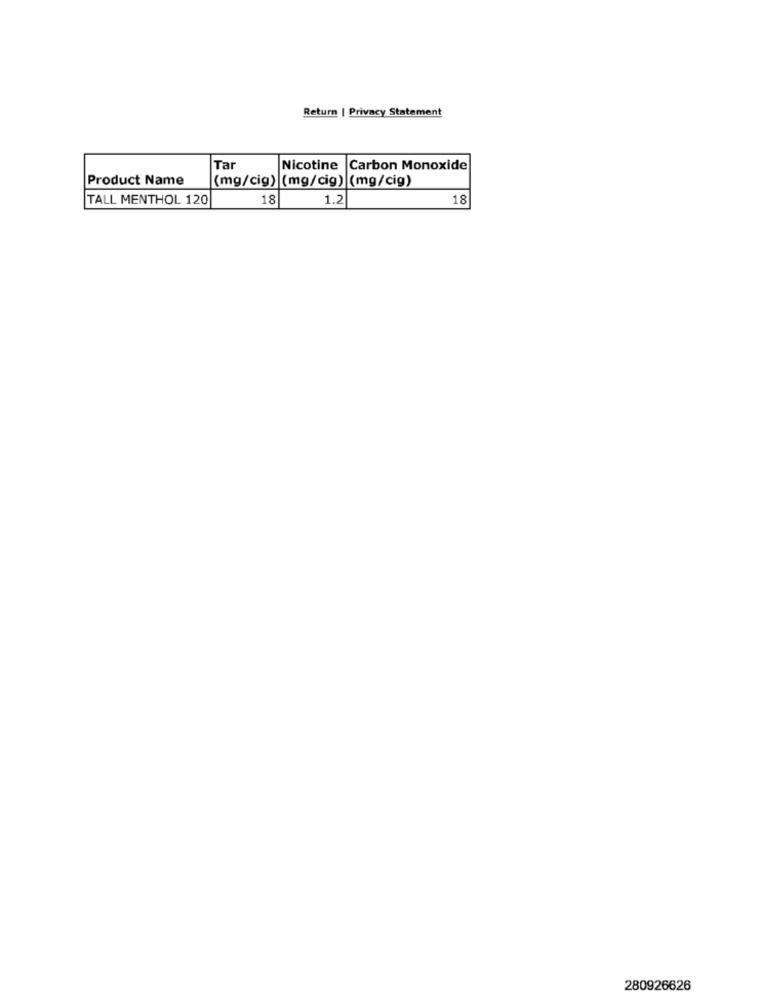
Return | Privacy Statement
Tar
Nicotine
Carbon Monoxide
Product Name
(mg/cig) (mg/cig) (mg/cig)
TALL MENTHOL 120
18
1.2
18
280926626